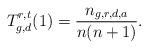
LaTeX: \begin{align*}T_{g,d}^{r,t}(1) = \frac{n_{g,r,d,a}}{n(n+1)}.\end{align*}